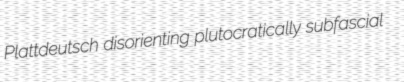
Plattdeutsch disorienting plutocratically subfascial